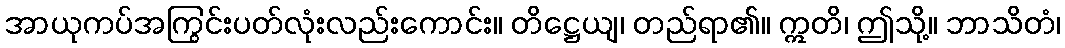
အာယုကပ်အကြွင်းပတ်လုံးလည်းကောင်း။ တိဋ္ဌေယျ၊ တည်ရာ၏။ ဣတိ၊ ဤသို့။ ဘာသိတံ၊